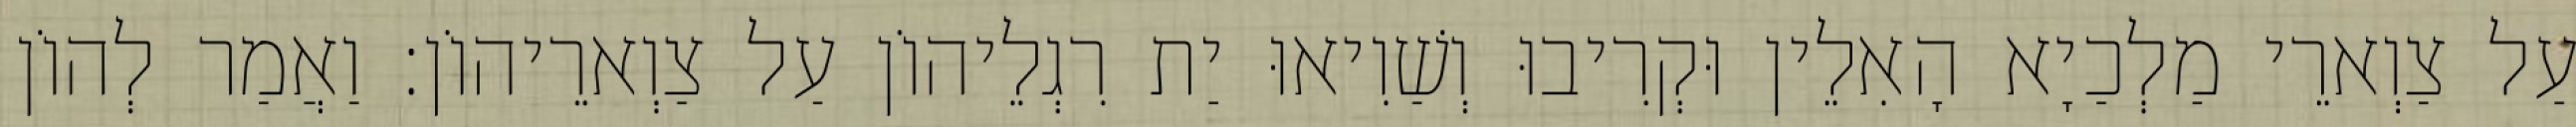
עַל צַוְארֵי מַלְכַיָא הָאִלֵין וּקְרִיבוּ וְשַׁוִיאוּ יַת רִגְלֵיהוֹן עַל צַוְארֵיהוֹן׃ וַאֲמַר לְהוֹן